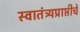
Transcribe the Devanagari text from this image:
स्वातंत्र्यप्राप्तीचे